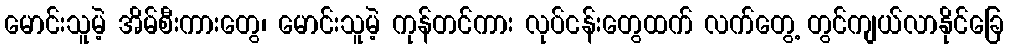
မောင်းသူမဲ့ အိမ်စီးကားတွေ၊ မောင်းသူမဲ့ ကုန်တင်ကား လုပ်ငန်းတွေထက် လက်တွေ့ တွင်ကျယ်လာနိုင်ခြေ